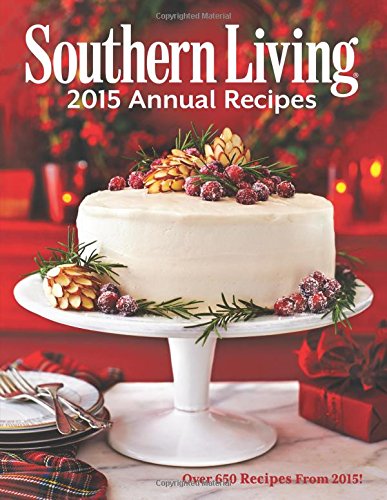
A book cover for Southern Living 2015 Annual Recipes: Over 650 Recipes From 2015! (Southern Living Annual Recipes); The Editors of Southern Living Magazine; Cookbooks, Food & Wine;